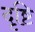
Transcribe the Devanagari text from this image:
दृष्टि